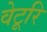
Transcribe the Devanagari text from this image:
वेटूरि